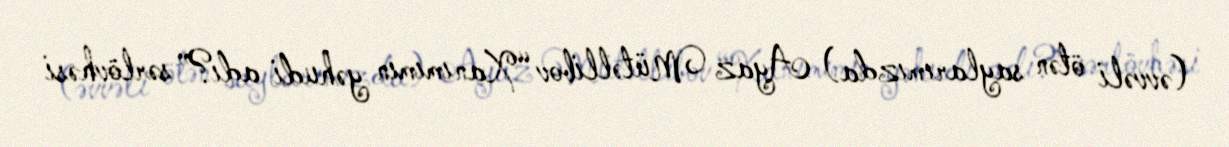
(əvvəli ötən saylarımızda) Ayaz Mütəllibov “Xanımımın yəhudi adı?” sərlövhəsi